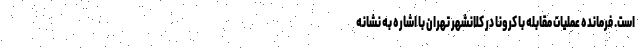
است. فرمانده عملیات مقابله با کرونا در کلانشهر تهران با اشاره به نشانه